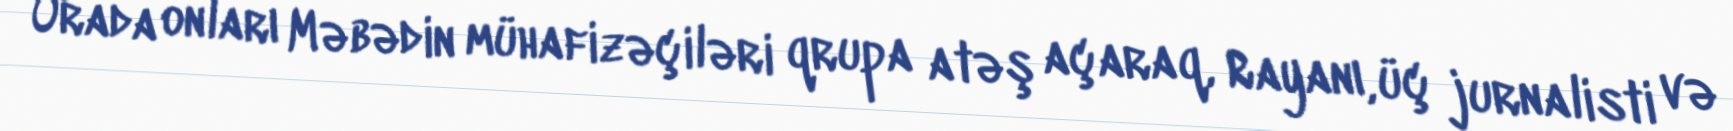
Orada onları Məbədin mühafizəçiləri qrupa atəş açaraq, Rayanı, üç jurnalisti və